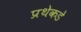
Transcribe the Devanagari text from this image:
प्रथेकडे